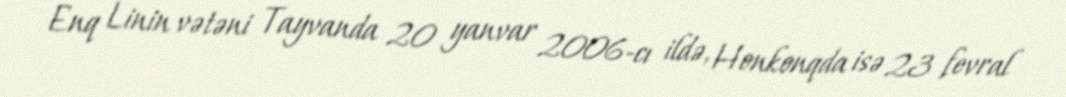
Enq Linin vətəni Tayvanda 20 yanvar 2006-cı ildə, Honkonqda isə 23 fevral